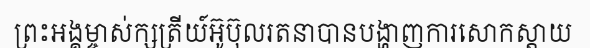
ព្រះអង្គម្ចាស់ក្សត្រីយ៍អ៊ូប៊ុលរតនាបានបង្ហាញការសោកស្តាយ